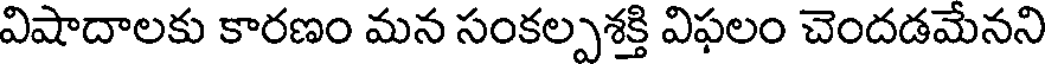
విషాదాలకు కారణం మన సంకల్పశక్తి విఫలం చెందడమేనని